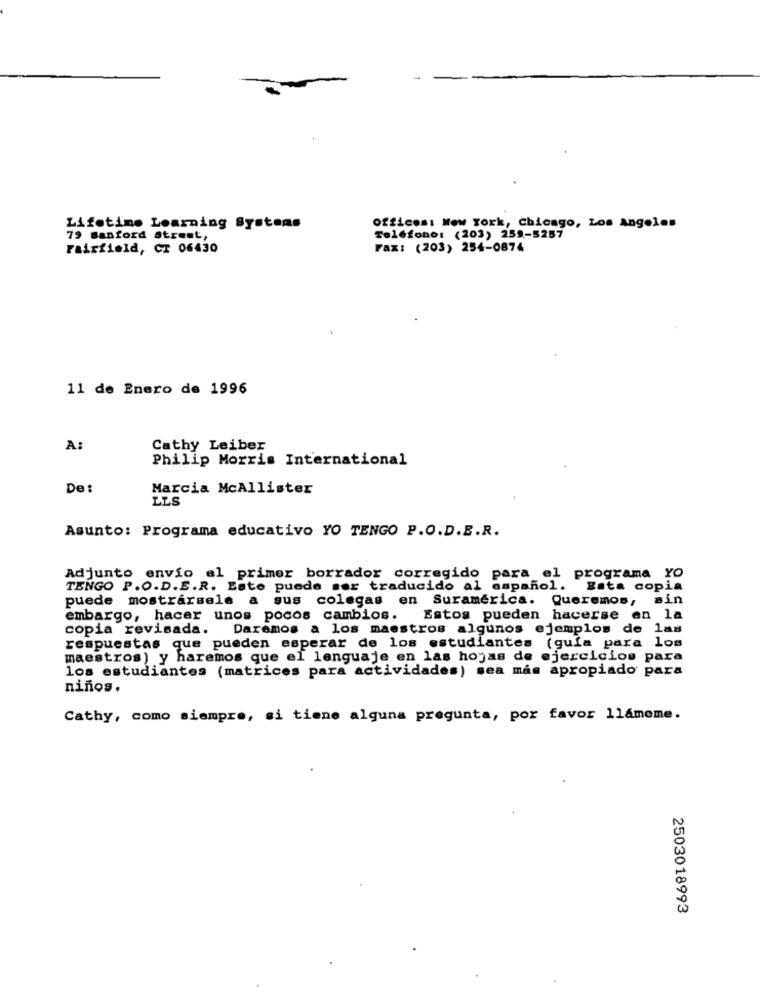
Lifetime Learning Systems
Offices: New York, Chicago, Los Angeles
79 sanford street,
Teléfono: (203) 259-5257
Fairfield, CT 06430
Fax: (203) 254-0874
11 de Enero de 1996
A:
Cathy Leiber
Philip Morris International
De:
Marcia McAllister
LLS
Asunto: Programa educativo YO TENGO P.O.D.E.R.
Adjunto envío al primer borrador corregido para el programa YO
TENGO P.O.D.E.R. Esto puede ser traducido al español.
Bata copia
puede mostrarsele a sus colegas en Suramérica. Queremos, sin
embargo, hacer unos pocos cambios.
Estos pueden hacerse en la
copia revisada.
Daremos a los maestros algunos ejemplos de las
respuestas que pueden esperar de los estudiantes (guía para los
maestros) y haremos que el lenguaje en las hojas de ejercicios para
los estudiantes (matrices para actividades) sea más apropiado para
niños.
Cathy, como siempre, si tiene alguna pregunta, por favor llameme.
2503018993